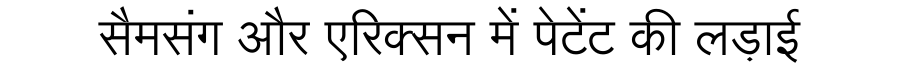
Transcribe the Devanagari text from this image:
सैमसंग और एरिक्सन में पेटेंट की लड़ाई